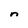
Character: n